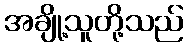
အချို့သူတို့သည်